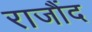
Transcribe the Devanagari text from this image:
राजौंद